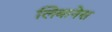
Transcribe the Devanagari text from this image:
लिबानेस